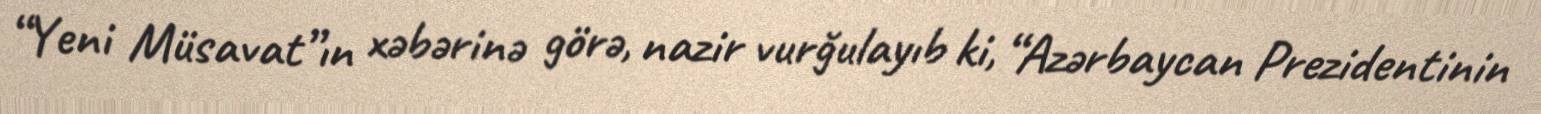
“Yeni Müsavat”ın xəbərinə görə, nazir vurğulayıb ki, “Azərbaycan Prezidentinin